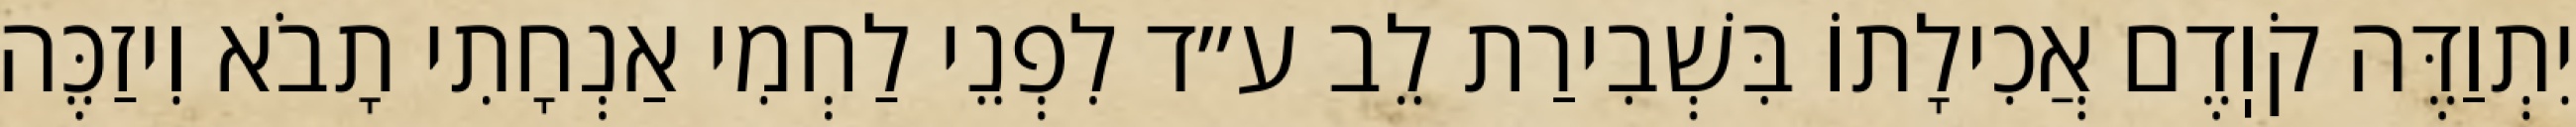
יִתְוַדֶּה קֹוֽדֶם אֲכִילָתוֹ בִּשְׁבִירַת לֵב ע״ד לִפְנֵי לַחְמִי אַנְחָתִי תָבֹא וִיזַכֶּה